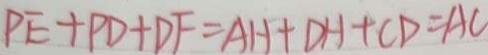
P E + P D + D F = A H + D H + C D = A C